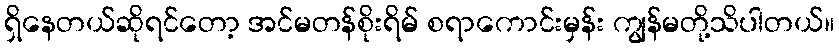
ရှိနေတယ်ဆိုရင်တော့ အင်မတန်စိုးရိမ် စရာကောင်းမှန်း ကျွန်မတို့သိပါတယ်။